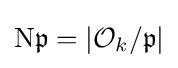
\mathrm {N} {\mathfrak {p}}=|{\mathcal {O}}_{k}/{\mathfrak {p}}|